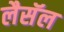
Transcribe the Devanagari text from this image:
लैसॅल